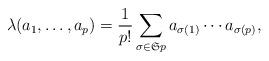
LaTeX: \begin{align*}\lambda(a_1,\ldots, a_p) = \frac{1}{p!}\sum_{\sigma\in \mathfrak{S}p}{a}_{\sigma(1)}\cdots {a}_{\sigma(p)},\end{align*}